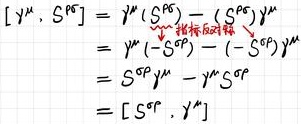
\begin{align*}
[\gamma^{\mu}, S^{\rho \sigma}] &= \gamma^{\mu} (S^{\rho \sigma}) - (S^{\rho \sigma})\gamma^{\mu}\\
&= \gamma^{\mu} (\frac{i}{4}[\gamma^{\rho}, \gamma^{\sigma}]) - (\frac{i}{4}[\gamma^{\rho}, \gamma^{\sigma}])\gamma^{\mu}\\
&= S^{\rho \sigma}\gamma^{\mu} - \gamma^{\mu} S^{\rho \sigma}\\
&= [S^{\rho \sigma}, \gamma^{\mu}]
\end{align*}